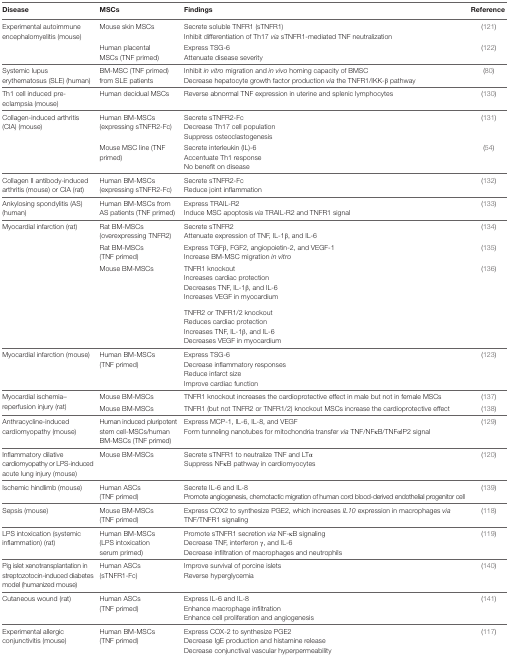
<table><thead><tr><td><b>Disease</b></td><td><b>MSCs</b></td><td><b>Findings</b></td><td><b>Reference</b></td></tr></thead><tbody><tr><td rowspan="2">Experimental autoimmune encephalomyelitis (mouse)</td><td>Mouse skin MSCs</td><td>Secrete soluble TNFR1 (sTNFR1)Inhibit differentiation of Th17 <i>via</i> sTNFR1-mediated TNF neutralization</td><td>(121)</td></tr><tr><td>Human placentalMSCs (TNF primed)</td><td>Express TSG-6Attenuate disease severity</td><td>(122)</td></tr><tr><td>Systemic lupus erythematosus (SLE) (human)</td><td>BM-MSC (TNF primed) from SLE patients</td><td>Inhibit <i>in vitro</i> migration and <i>in vivo</i> homing capacity of BMSCDecrease hepatocyte growth factor production <i>via</i> the TNFR1/IKK-β pathway</td><td>(80)</td></tr><tr><td>Th1 cell induced pre-eclampsia (mouse)</td><td>Human decidual MSCs</td><td>Reverse abnormal TNF expression in uterine and splenic lymphocytes</td><td>(130)</td></tr><tr><td rowspan="2">Collagen-induced arthritis (CIA) (mouse)</td><td>Human BM-MSCs (expressing sTNFR2-Fc)</td><td>Secrete sTNFR2-FcDecrease Th17 cell populationSuppress osteoclastogenesis</td><td>(131)</td></tr><tr><td>Mouse MSC line (TNF primed)</td><td>Secrete interleukin (IL)-6Accentuate Th1 responseNo benefit on disease</td><td>(54)</td></tr><tr><td>Collagen II antibody-induced arthritis (mouse) or CIA (rat)</td><td>Human BM-MSCs (expressing sTNFR2-Fc)</td><td>Secrete sTNFR2-FcReduce joint inflammation</td><td>(132)</td></tr><tr><td>Ankylosing spondylitis (AS) (human)</td><td>Human BM-MSCs from AS patients (TNF primed)</td><td>Express TRAIL-R2Induce MSC apoptosis <i>via</i> TRAIL-R2 and TNFR1 signal</td><td>(133)</td></tr><tr><td rowspan="3">Myocardial infarction (rat)</td><td>Rat BM-MSCs (overexpressing TNFR2)</td><td>Secrete sTNFR2Attenuate expression of TNF, IL-1β, and IL-6</td><td>(134)</td></tr><tr><td>Rat BM-MSCs (TNF primed)</td><td>Express TGFβ, FGF2, angiopoietin-2, and VEGF-1Increase BM-MSC migration <i>in vitro</i></td><td>(135)</td></tr><tr><td>Mouse BM-MSCs</td><td>TNFR1 knockoutIncreases cardiac protectionDecreases TNF, IL-1β, and IL-6Increases VEGF in myocardiumTNFR2 or TNFR1/2 knockoutReduces cardiac protectionIncreases TNF, IL-1β, and IL-6Decreases VEGF in myocardium</td><td>(136)</td></tr><tr><td>Myocardial infarction (mouse)</td><td>Human BM-MSCs (TNF primed)</td><td>Express TSG-6Decrease inflammatory responsesReduce infarct sizeImprove cardiac function</td><td>(123)</td></tr><tr><td rowspan="2">Myocardial ischemia–reperfusion injury (rat)</td><td>Mouse BM-MSCs</td><td>TNFR1 knockout increases the cardioprotective effect in male but not in female MSCs</td><td>(137)</td></tr><tr><td>Mouse BM-MSCs</td><td>TNFR1 (but not TNFR2 or TNFR1/2) knockout MSCs increase the cardioprotective effect</td><td>(138)</td></tr><tr><td>Anthracycline-induced cardiomyopathy (mouse)</td><td>Human induced pluripotent stem cell-MSCs/human BM-MSCs (TNF primed)</td><td>Express MCP-1, IL-6, IL-8, and VEGFForm tunneling nanotubes for mitochondria transfer <i>via</i> TNF/NFκB/TNFαIP2 signal</td><td>(129)</td></tr><tr><td>Inflammatory dilative cardiomyopathy or LPS-induced acute lung injury (mouse)</td><td>Mouse BM-MSCs</td><td>Secrete sTNFR1 to neutralize TNF and LTαSuppress NFκB pathway in cardiomyocytes</td><td>(120)</td></tr><tr><td>Ischemic hindlimb (mouse)</td><td>Human ASCs (TNF primed)</td><td>Secrete IL-6 and IL-8Promote angiogenesis, chemotactic migration of human cord blood-derived endothelial progenitor cell</td><td>(139)</td></tr><tr><td>Sepsis (mouse)</td><td>Mouse BM-MSCs (TNF primed)</td><td>Express COX2 to synthesize PGE2, which increases <i>IL10</i> expression in macrophages <i>via</i> TNF/TNFR1 signaling</td><td>(118)</td></tr><tr><td>LPS intoxication (systemic inflammation) (rat)</td><td>Human BM-MSCs (LPS intoxication serum primed)</td><td>Promote sTNFR1 secretion <i>via</i> NF-κB signalingDecrease TNF, interferon γ, and IL-6Decrease infiltration of macrophages and neutrophils</td><td>(119)</td></tr><tr><td>Pig islet xenotransplantation in streptozotocin-induced diabetes model (humanized mouse)</td><td>Human ASCs (sTNFR1-Fc)</td><td>Improve survival of porcine isletsReverse hyperglycemia</td><td>(140)</td></tr><tr><td>Cutaneous wound (rat)</td><td>Human ASCs (TNF primed)</td><td>Express IL-6 and IL-8Enhance macrophage infiltrationEnhance cell proliferation and angiogenesis</td><td>(141)</td></tr><tr><td>Experimental allergic conjunctivitis (mouse)</td><td>Human BM-MSCs (TNF primed)</td><td>Express COX-2 to synthesize PGE2Decrease IgE production and histamine releaseDecrease conjunctival vascular hyperpermeability</td><td>(117)</td></tr></tbody></table>